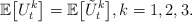
\begin{align*} \mathbb E \bigl[U_t^k\bigr]=\mathbb E\bigl[\tilde U_t^k\bigr], k=1,2,3.\end{align*}